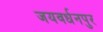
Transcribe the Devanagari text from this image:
जयवर्धनपुर